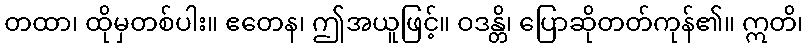
တထာ၊ ထိုမှတစ်ပါး။ ဧတေန၊ ဤအယူဖြင့်။ ဝဒန္တိ၊ ပြောဆိုတတ်ကုန်၏။ ဣတိ၊